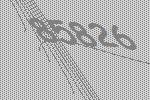
85826